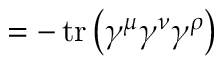
= - \operatorname { t r } \left( \gamma ^ { \mu } \gamma ^ { \nu } \gamma ^ { \rho } \right)